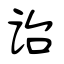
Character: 诒